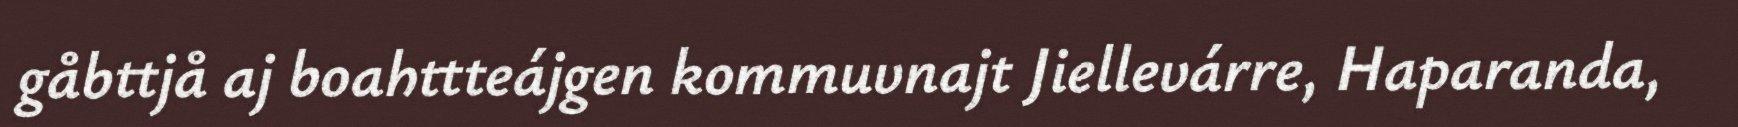
gåbttjå aj boahttteájgen kommuvnajt Jiellevárre, Haparanda,